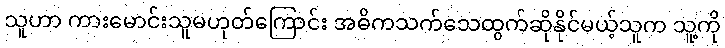
သူဟာ ကားမောင်းသူမဟုတ်ကြောင်း အဓိကသက်သေထွက်ဆိုနိုင်မယ့်သူက သူ့ကို